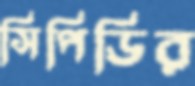
সিপিডির